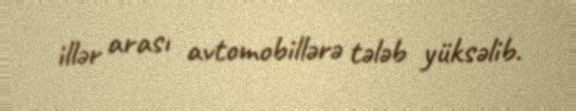
illər arası avtomobillərə tələb yüksəlib.